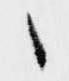
々